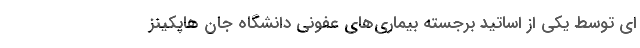
ای توسط یکی از اساتید برجسته بیماری‌های عفونی دانشگاه جان هاپکینز